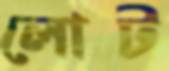
লোট